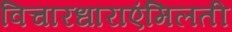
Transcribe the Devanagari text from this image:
विचारधाराएंमिलती